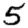
Digit: 5